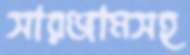
সারঞ্জামসহ